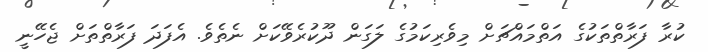
ކުރާ ފަރާތްތަކުގެ އަތްމައްޗަށް މިވެރިކަމުގެ ލަގަން ދޫކުރެވޭކަށް ނެތެވެ. އެފަދަ ފަރާތްތަށް ޖެހޭނީ